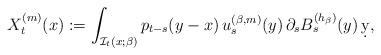
LaTeX: \begin{align*}X^{(m)}_t(x):=\int_{\mathcal{I}_t(x;\beta)} p_{t-s}(y-x)\, u_s^{(\beta,m)}(y) \,\partial_s B^{(h_\beta)}_s(y)\,\d y,\end{align*}